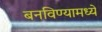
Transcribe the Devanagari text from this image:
बनविण्यामध्ये